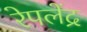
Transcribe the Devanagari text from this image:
रेपलेंद्र